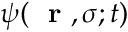
\psi ( \mathrm { ~ \bf ~ r ~ } , \sigma ; t )